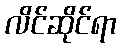
လိင်ဆိုင်ရာ